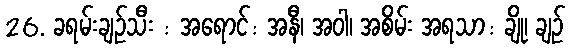
26. ခရမ်းချဉ်သီး : အရောင်: အနီ၊ အဝါ၊ အစိမ်း အရသာ: ချို၊ ချဉ်